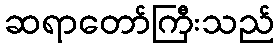
ဆရာတော်ကြီးသည်